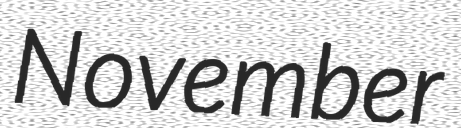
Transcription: November